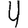
Digit: 4